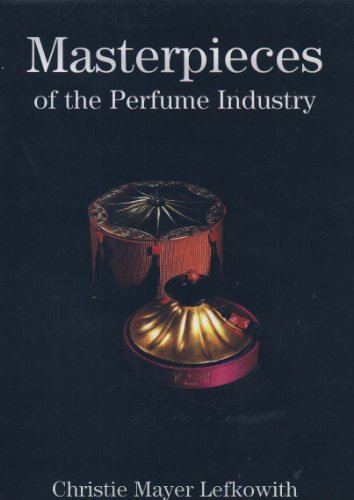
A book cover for Masterpieces of the Perfume Industry / Christie Mayer Lefkowith; Christie Mayer Lefkowith; Crafts, Hobbies & Home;